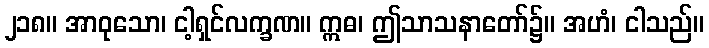
၂၁၈။ အာဝုသော၊ ငါ့ရှင်လက္ခဏ။ ဣဓ၊ ဤသာသနာတော်၌။ အဟံ၊ ငါသည်။